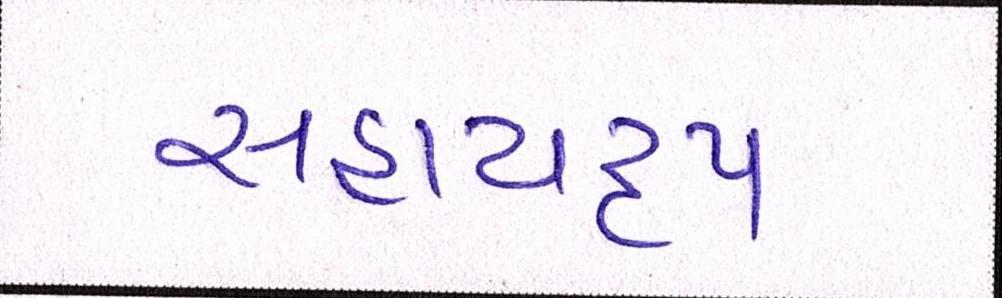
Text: સહાયરૃપ